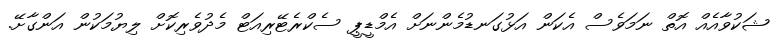
ޝަކުވާއެއް އޮތް ނަމަވެސް އެކަން އަޅުގަނޑުމެންނަށް އެމްޑީޕީ ސެކްރެޓޭރިއަޓް މެދުވެރިކޮށް ލިޔުމަކުން އަންގާށޭ.